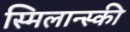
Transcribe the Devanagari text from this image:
स्मिलान्स्की